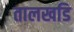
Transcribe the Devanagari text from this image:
तालखडि